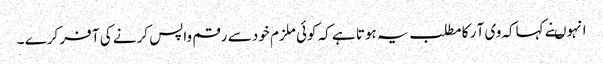
انہوںنے کہاکہ وی آ ر کا مطلب یہ ہوتا ہے کہ کوئی ملزم خود سے رقم واپس کرنے کی آ فر کرے ۔